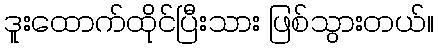
ဒူးထောက်ထိုင်ပြီးသား ဖြစ်သွားတယ်။